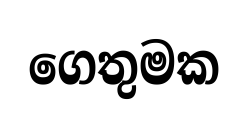
ගෙතුමක